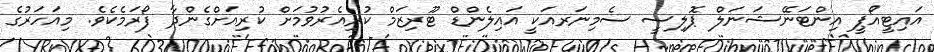
އައިޓީއޯޕީ އިންޓަނޭޝަނަލް ޕޮލިސީ ސެމިނަރއަކީ އައިލެންޑް ޓޫރިޒަމް ކުރިއެރުވުމަށް ކުރިއަށްގެންދާ ފޯރަމެކެވެ. މިއަހަރުގެ